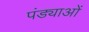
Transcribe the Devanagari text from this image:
पंड्याओं